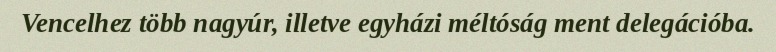
Vencelhez több nagyúr, illetve egyházi méltóság ment delegációba.